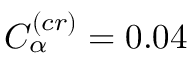
C _ { \alpha } ^ { ( c r ) } = 0 . 0 4